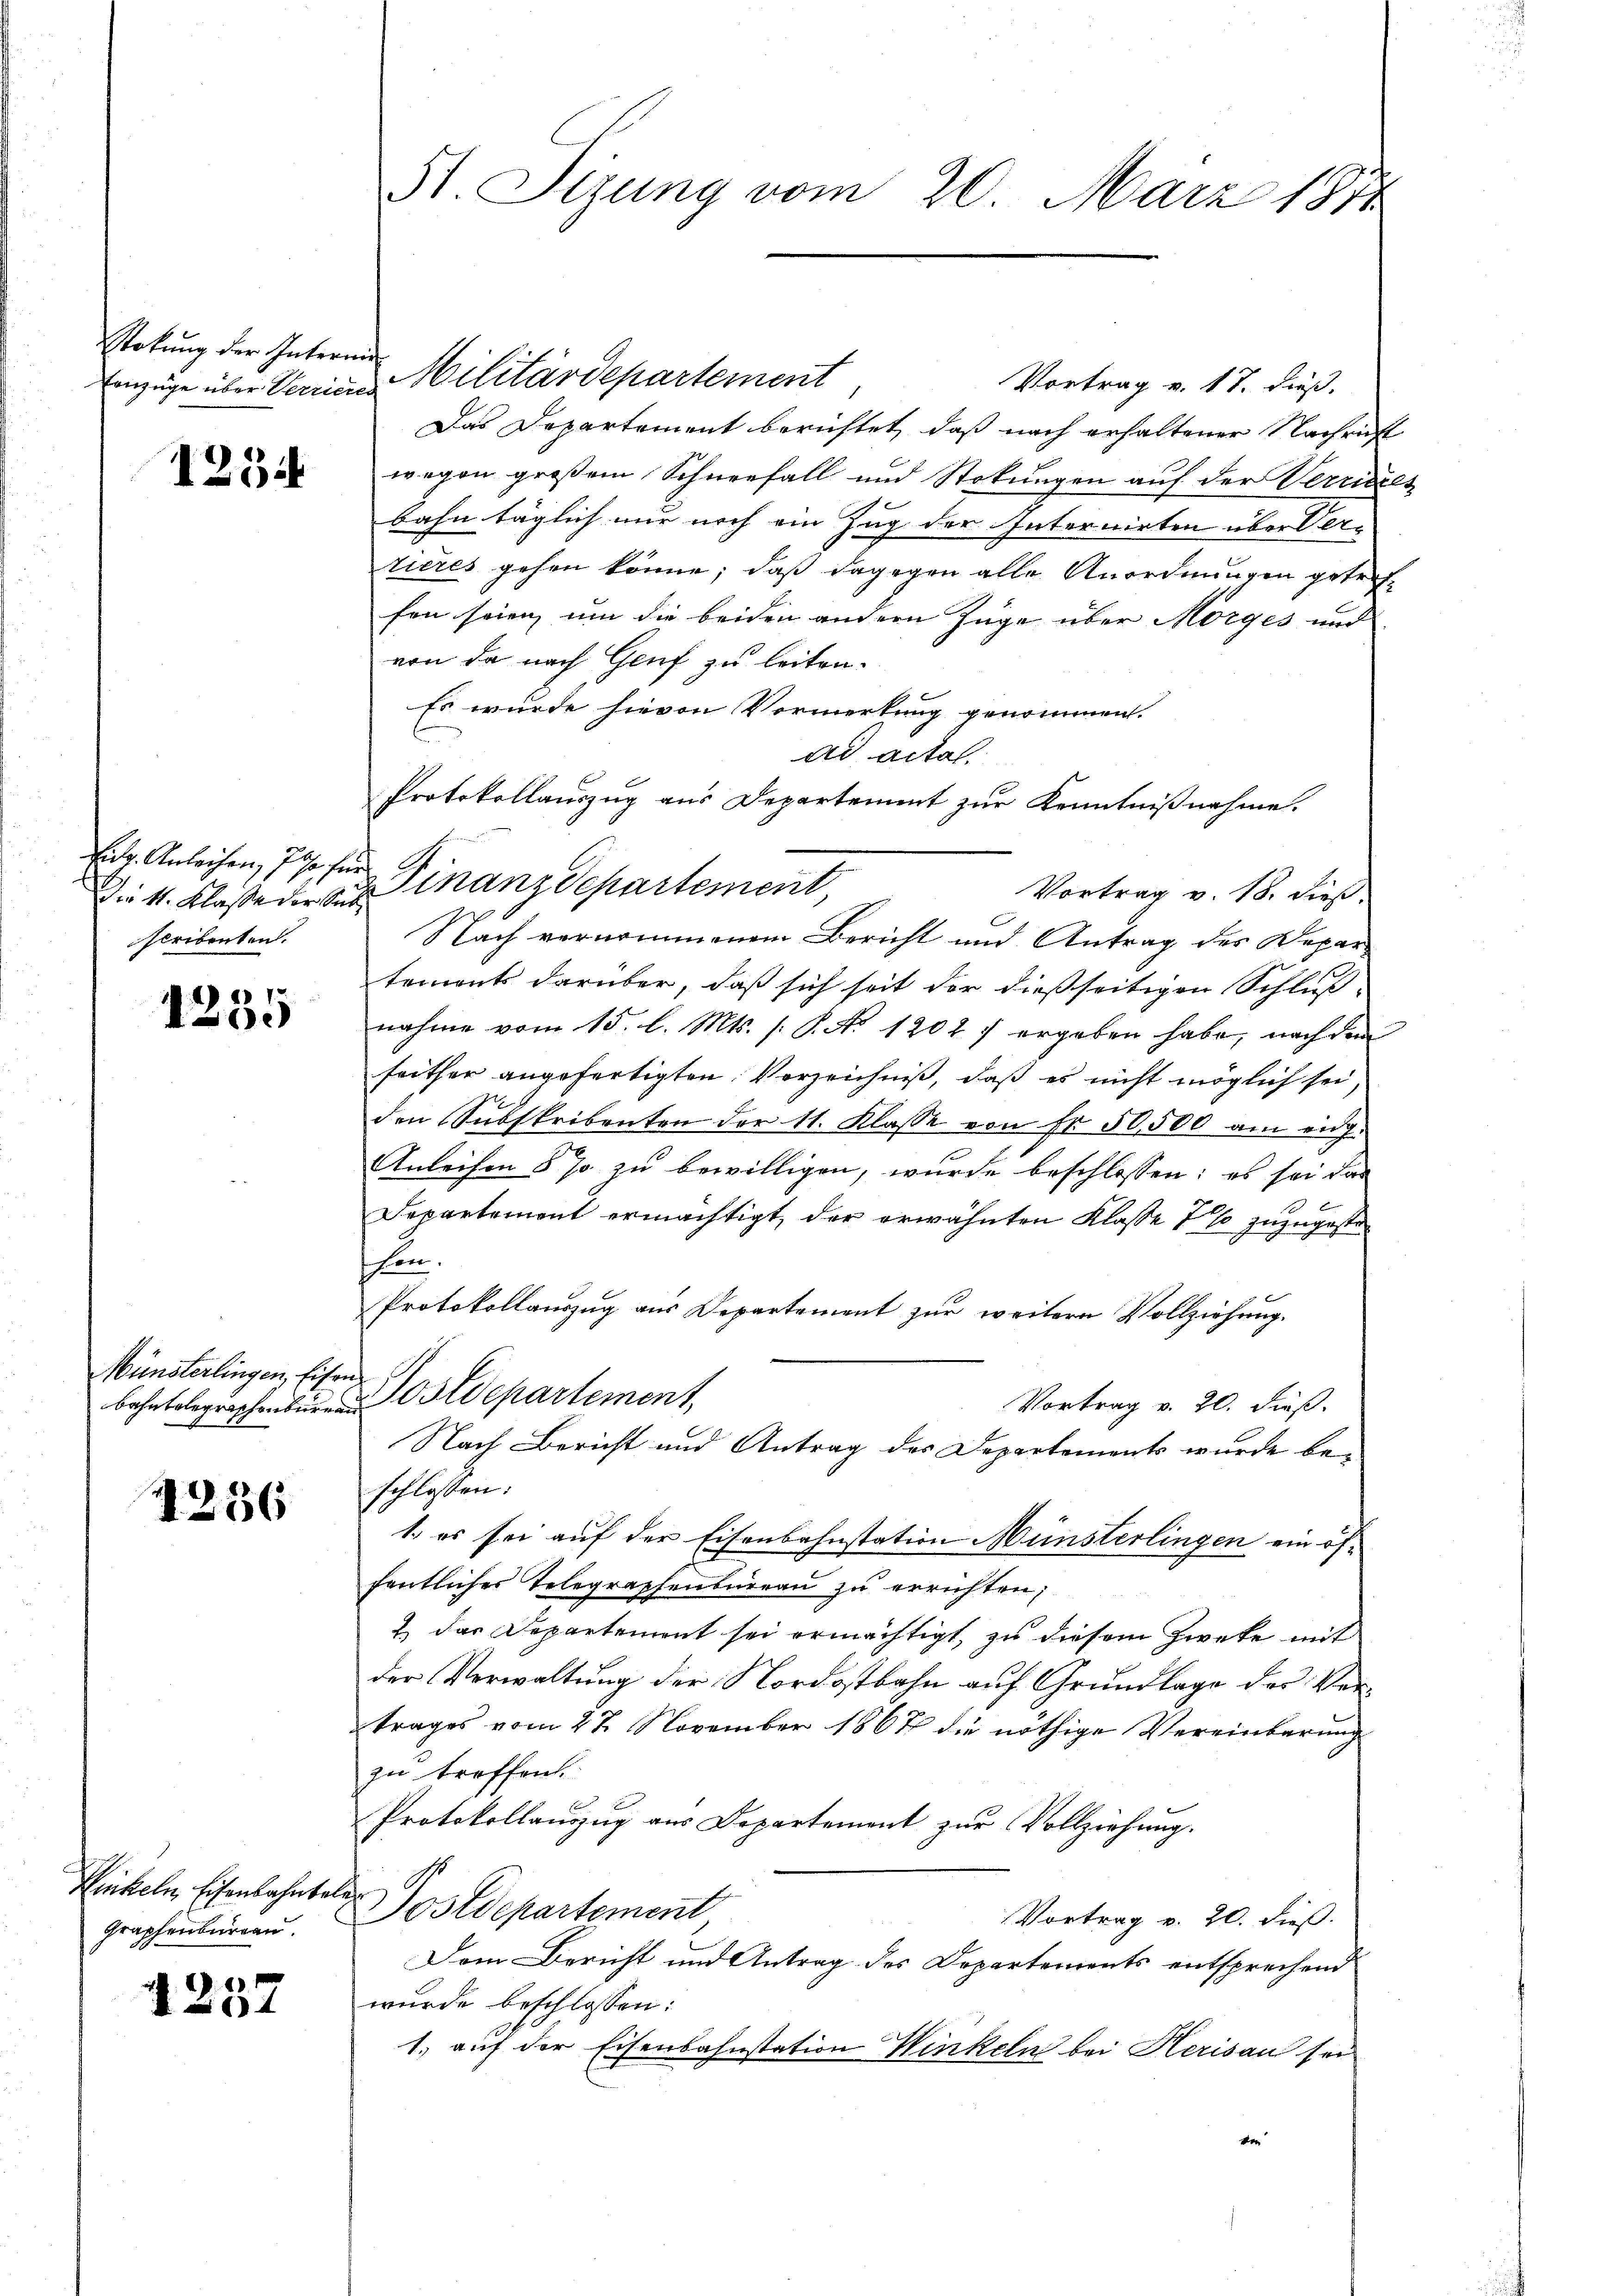
Stokung der Intermin
Conzüge über Verricres

123

Die 4. Klasse der Subscribenten.

4
1200

Münsterlingen, Eisen

1236

Rickeln, Eisenbahnteler
Graphenburgau.

88.
64

St. Sizung vom 20. März 1871

Militärdepartement
Vortrag v. 17. dieß,
Das Departement berichtet, daß nach erhaltener Nachricht
wegen großem Schneefall und Stokungen auf der Verritels
bahn täglich nur noch ein Zug der Internirten über Vertieres gehen könne; daß dagegen alle Anordnungen getreffen seien, um die beiden andern Juge über Morges und
von da nach Genf zu leiten.
Es wurde hievon Vormerkung genommen.
ad actal.
Protokollauszug aus Departement zur Kenntnißnahme.
Vortrag v. 18. dieß.
Nach vernommenem Bericht und Antrag des Depar
temonts darüber, daß sich seit der dießseitigen Schluß-
nahme vom 15. l. Mts. /: P. N. 12027 ergeben habe, nach dem
seither angefertigten Vorzeichniß, daß es nicht möglich sei,
den Subskribenten der 11. Klasse von Fr. 50500 am auf-
Anleihen § 70 zu bewilligen, wurde beschlossen; es sei das
Departement ermächtigt, der erwähnten Klasse 7 % zuzugeste
sen.
Protokollauszug aus Departement zur weiteren Vollziehung.
bahntelegraphenbaren Ostdepartement,
Vortrag v. 20. dieß.
Nach Bericht und Antrag des Departements wurde bei
schlossen:
1. es sei auf der Eisenbahnstation Münsterlingen ein öffentlicher Telegraphenbureau zu errichten,
2 das Departement sei ermächtigt, zu diesem Zweke mit
der Verwaltung der Nordostbahn auf Grundlage des Vertrages vom 27. November 1867 die nöthige Vereinbarung
zu treffen.
Protokollauszug aus Departement zur Vollziehung.
Postdepartement
Vortrag v. 20. dieß.
Dem Bericht und Antrag des Departements entsprechend
wurde beschlossen:
1.) auf der Eisenbahnstation Winkeln bei Herisau sei
den

Eidg. Anleihen, 7. für Finanzdepartement